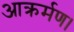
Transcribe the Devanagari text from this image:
आक्रर्मण।